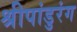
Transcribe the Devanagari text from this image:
श्रीपांडुरंग